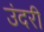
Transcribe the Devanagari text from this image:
उंदरी